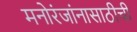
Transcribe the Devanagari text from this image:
मनोरंजांनासाठीची